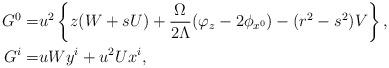
LaTeX: \begin{align*}G^0=&u^2\left\{z(W+sU)+\frac{\Omega}{2\Lambda}(\varphi_z-2\phi_{x^0})-(r^2-s^2)V\right\},\\G^i=&uWy^i + u^2Ux^i,\end{align*}